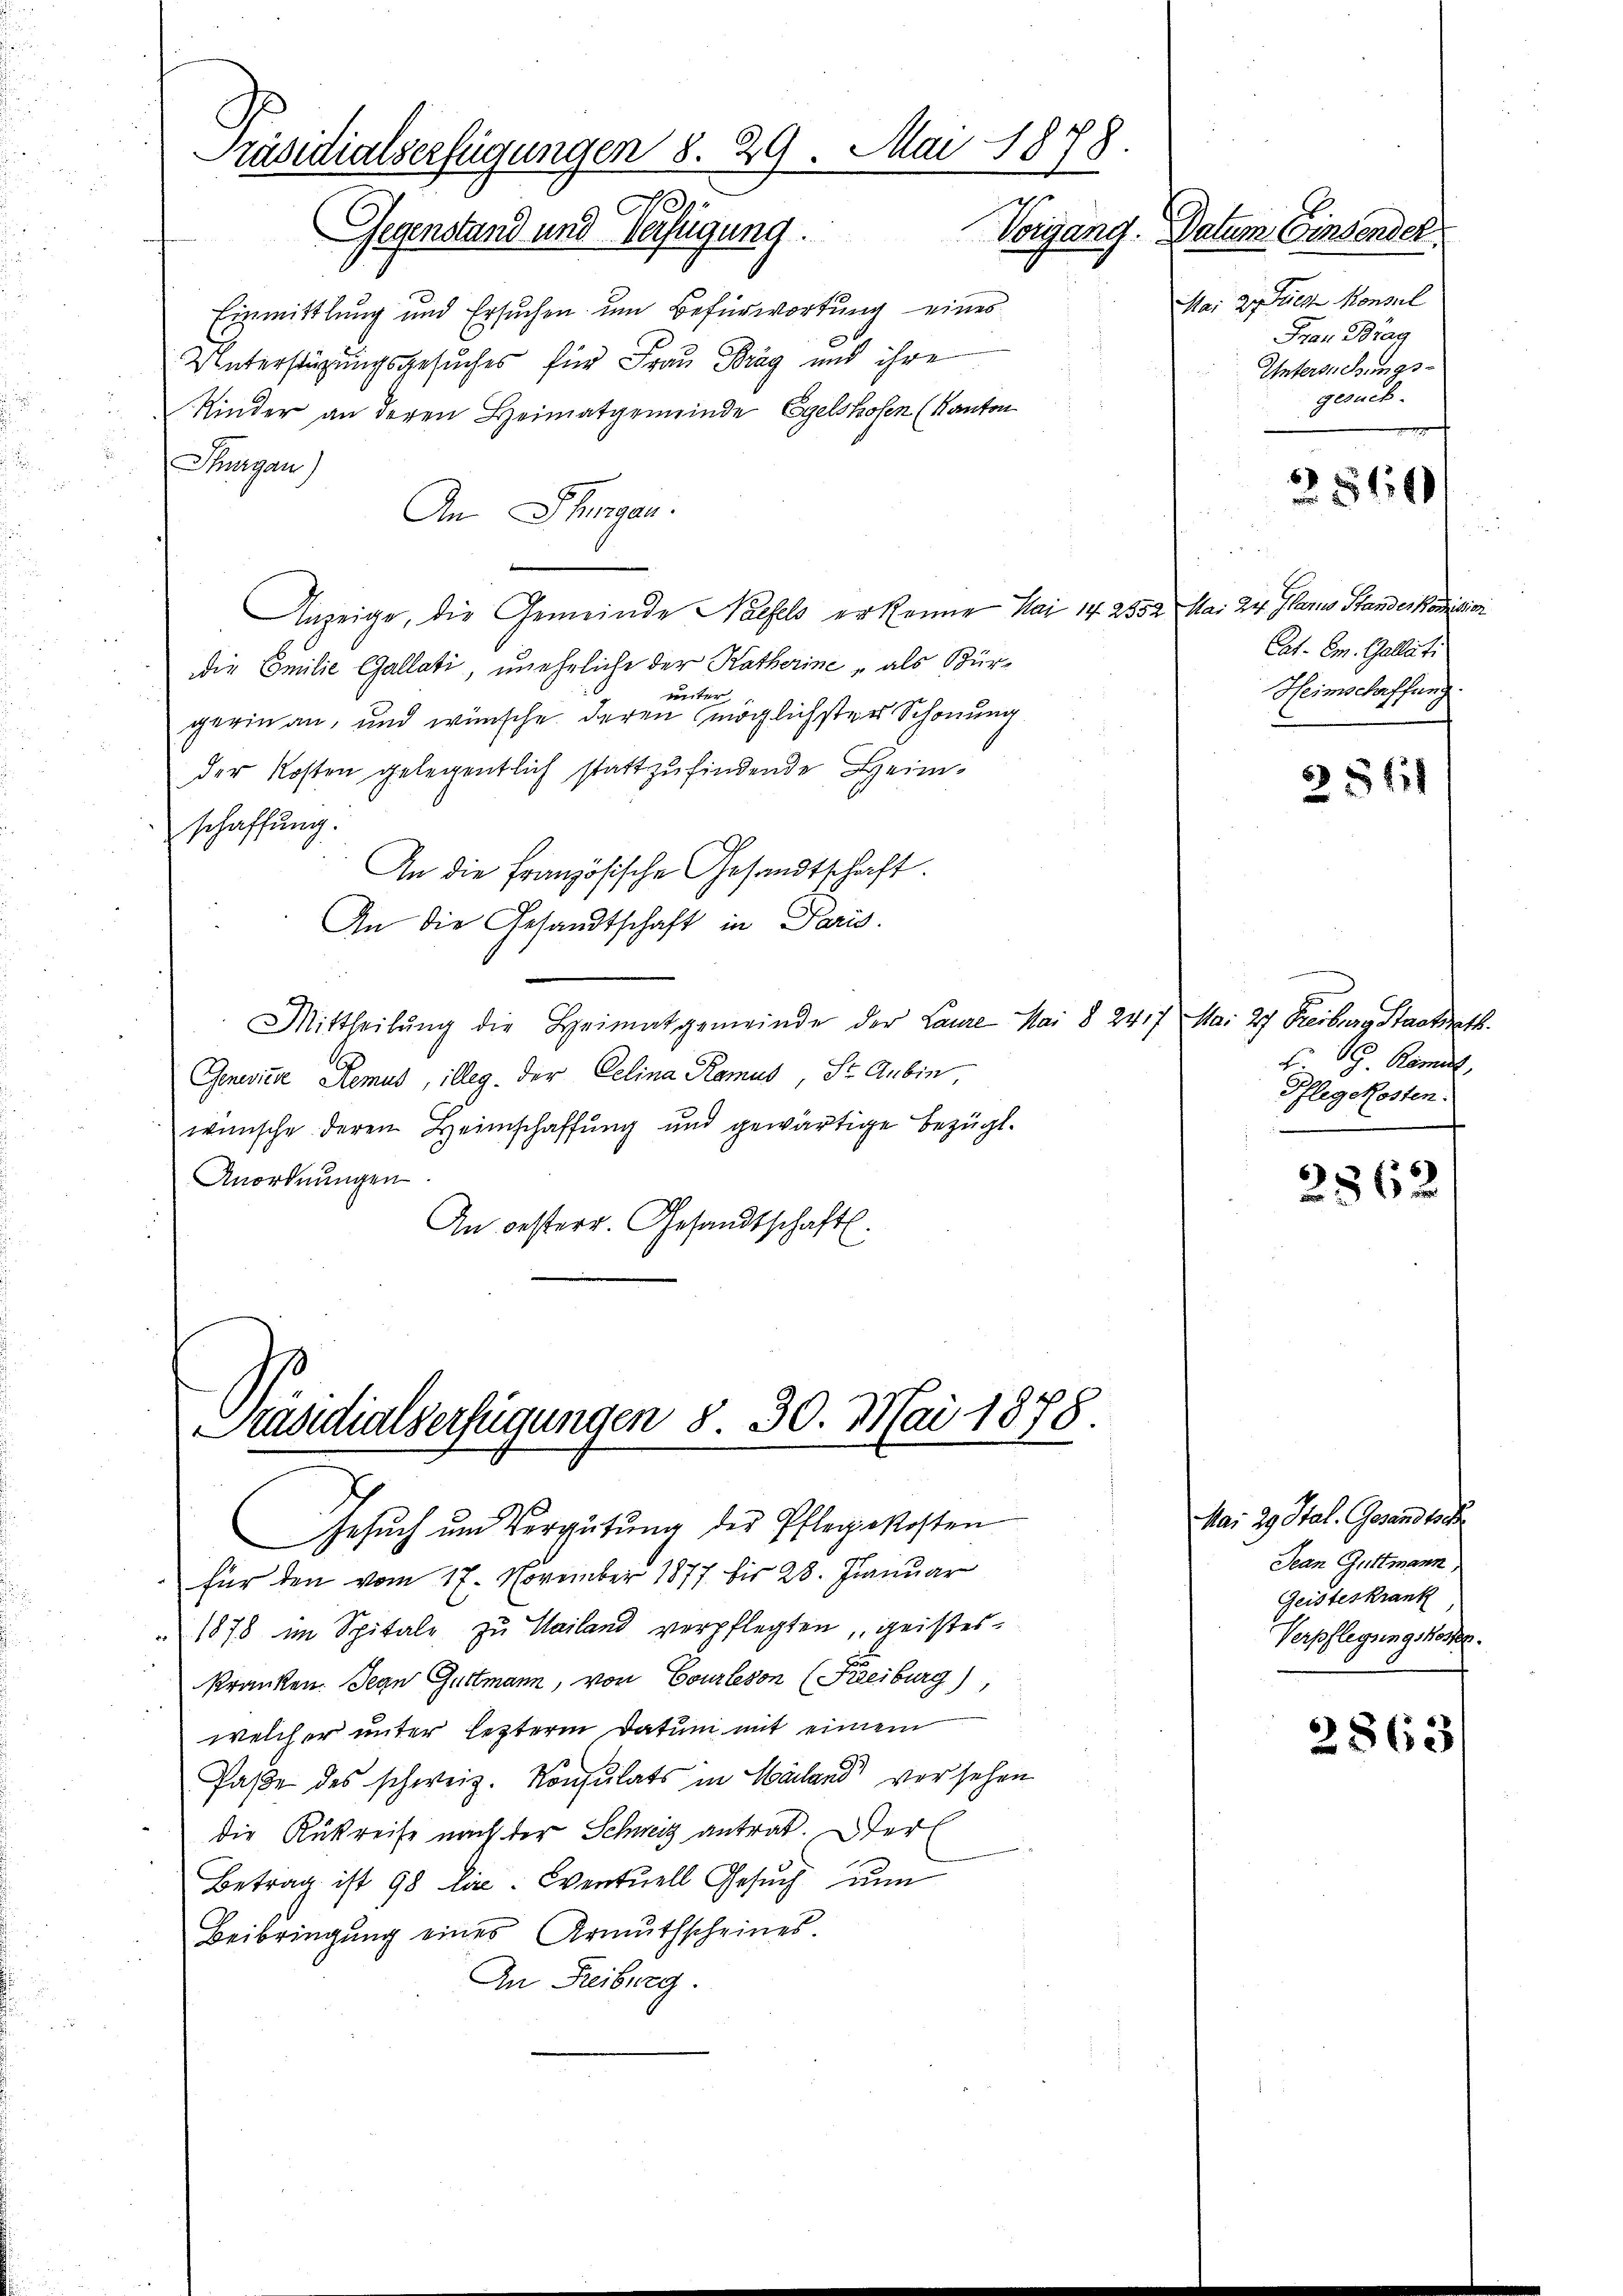
Präsidialserfügungen 8. 29. Mai 1878
Vorgang.
Gegenstand und Verfügung.

Einmittlung und Ersuchen um Befürwortung eines
Unterstüzungsgesuches für Frau Prag und ihre
Kinder an deren Heimatgemeinde Egelstrosen (Kanton
Purgau)
An Thurgau.
Anzeige, die Gemeinde Naefels erkenne Mai 14. 2550 Mai der Glarus Stander Kondition
Die Emilie Gallati, uneheliche der Katherine, als Bürunter
gerin an, und wünsche deren möglichster Schonung
der Kosten gelegentlich stattzufindende Heimschaffung.
An die Französische Gesandtschaft.
An die Gesandtschaft in Paris.
Mittheilŭng die Heimatgemeinde der Laure Mai § 2417 Mai 27 Freiburg Staatsrath
Genevitae Remus, illeg. Der Gelina Ramus, St. Aubin,
wünsche deren Heimschaffung und gewärtige Bezügl.
Anordnungen
An besterr. Gesandtschaft.

Präsidialserfügungen 8. 30. Mai 1878.

Gesŭch ŭm Vergütŭng des Pflegekosten
für den vom 17. November 1877 bis 28. Januar
1878 im Spitale zu Mailand verpflegten, geisteskranken. Gegen Guttmann, von Courlesen (Kreiburg)
welcher unter lezterm Datum mit einem
Paße des schweiz. Konsulats in Mailand versehen
die Rükreise nach der Schweiz antrat. Der
Betrag ist 98 lit. Eventuell Gesuch nu
Beibringŭng eines Armuthscheines.
An Freiburg.

Mai dues Monsul
Frau Brag
Untersuchungsgesuch

Datum Einsender

8
816

Cat. Cm. Gallati
Heimschrffung

35411

A.
F. G. Kömmt,
Pflegekosten.

2862

Mai 29. Stal. Gesandtsc
Jean Guttmann,
Geisteskrank
Verpflegungskosten.

2863/